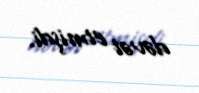
dəvət etmişdi.